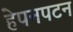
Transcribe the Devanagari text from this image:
हेपनपटन